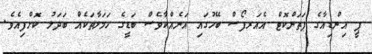
ޕީ އިންޑިއާގެ ޕަތަންކޮޓް އެއަރފޯސް ބޭހުގައި އަނެއްކާވެސް ބަޑީގެ ހަމަލާތަކެއް ބަދަލު ކޮށްފިއެވެ.